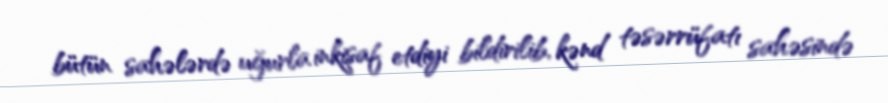
bütün sahələrdə uğurla inkişaf etdiyi bildirilib, kənd təsərrüfatı sahəsində